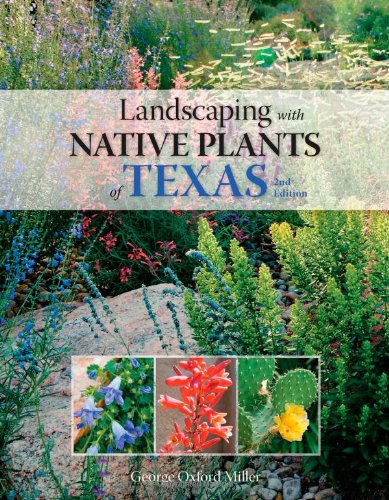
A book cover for Landscaping with Native Plants of Texas - 2nd Edition; George Oxford Miller; Crafts, Hobbies & Home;